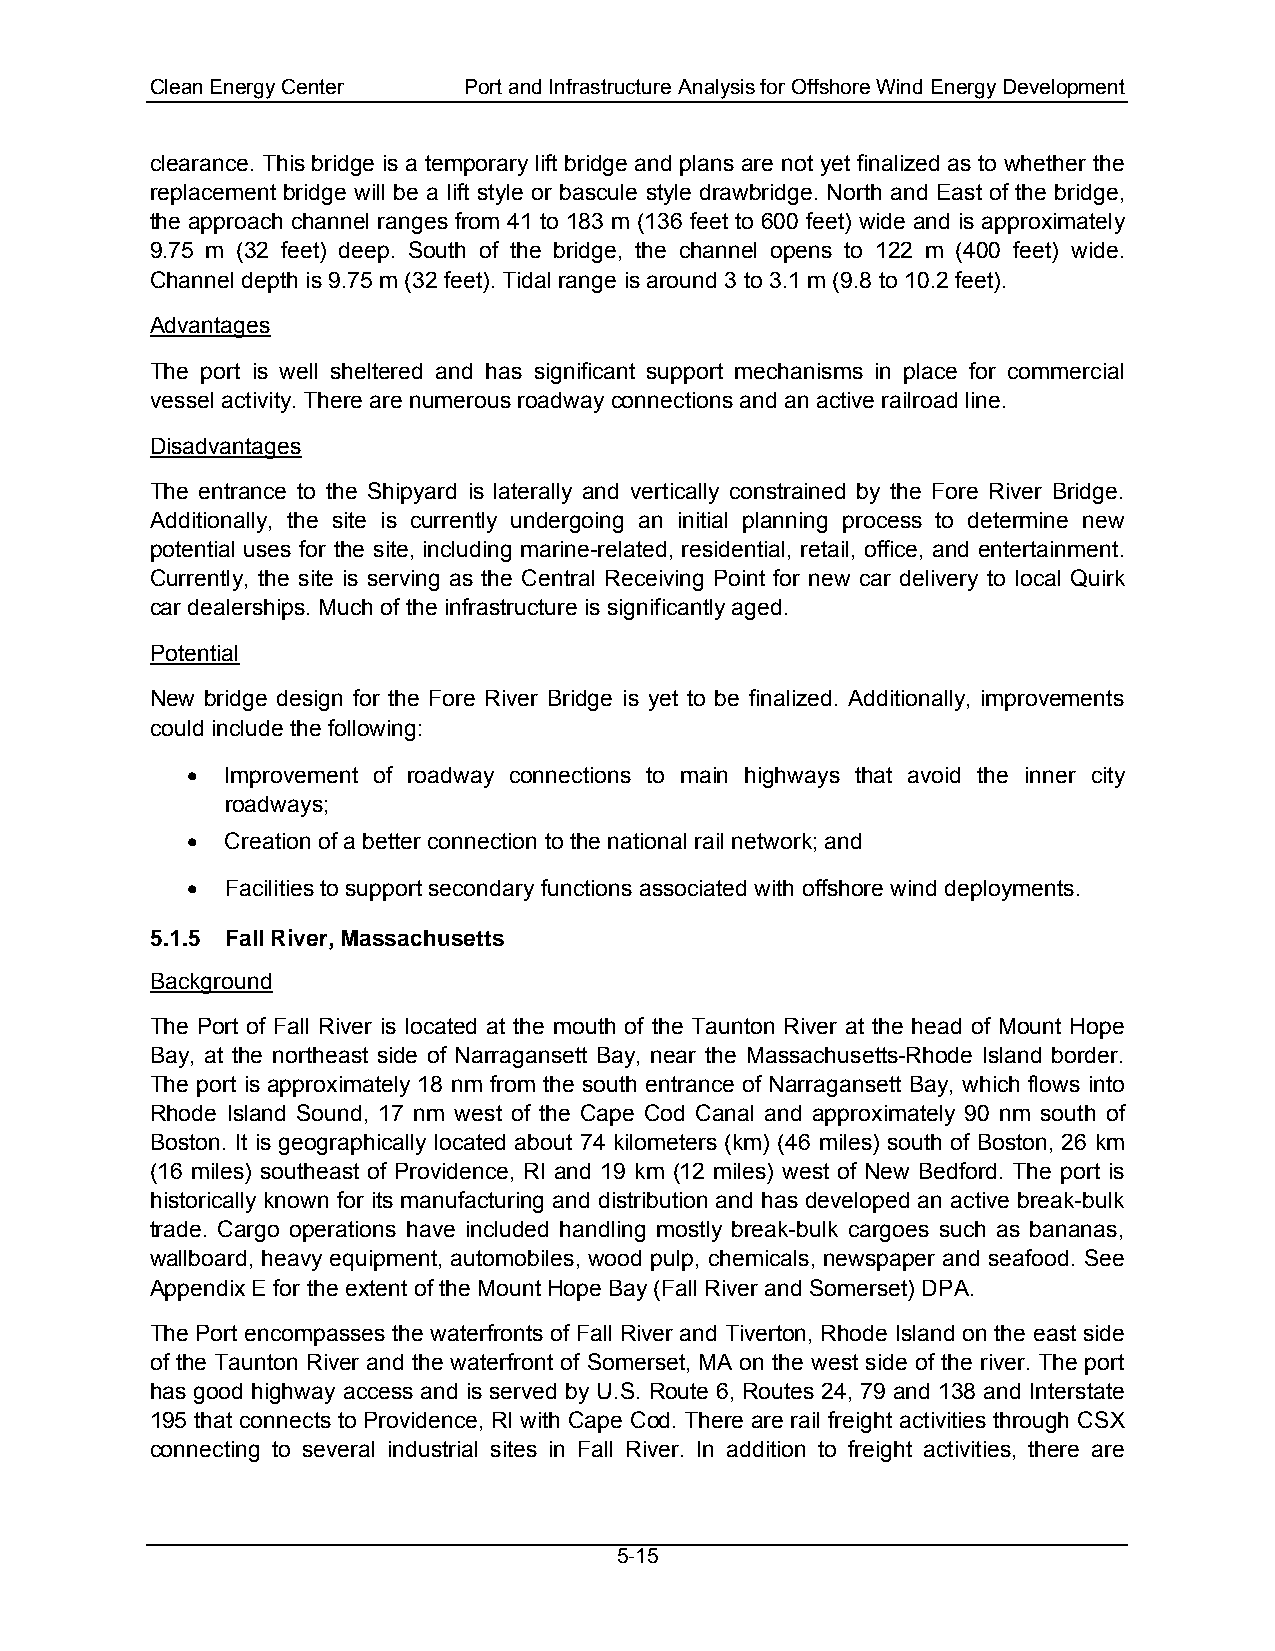
Clean Energy Center  Port and Infrastructure Analysis for Offshore Wind Energy Development
 clearance. This bridge is a temporary lift bridge and plans are not yet finalized as to whether the
 replacement bridge will be a lift style or bascule style drawbridge. North and East of the bridge,
 the approach channel ranges from 41 to 183 m (136 feet to 600 feet) wide and is approximately
 9.75 m (32 feet) deep. South of the bridge, the channel opens to 122 m (400 feet) wide.
 Channel depth is 9.75 m (32 feet). Tidal range is around 3 to 3.1 m (9.8 to 10.2 feet).
 Advantages
 The port is well sheltered and has significant support mechanisms in place for commercial
 vessel activity. There are numerous roadway connections and an active railroad line.
 Disadvantages
 The entrance to the Shipyard is laterally and vertically constrained by the Fore River Bridge.
 Additionally, the site is currently undergoing an initial planning process to determine new
 potential uses for the site, including marine-related, residential, retail, office, and entertainment.
 Currently, the site is serving as the Central Receiving Point for new car delivery to local Quirk
 car dealerships. Much of the infrastructure is significantly aged.
 Potential
 New bridge design for the Fore River Bridge is yet to be finalized. Additionally, improvements
 could include the following:
 •  Improvement of roadway connections to main highways that avoid the inner city
 roadways;
 •  Creation of a better connection to the national rail network; and
 •  Facilities to support secondary functions associated with offshore wind deployments.
 5.1.5 Fall River, Massachusetts
 Background
 The Port of Fall River is located at the mouth of the Taunton River at the head of Mount Hope
 Bay, at the northeast side of Narragansett Bay, near the Massachusetts-Rhode Island border.
 The port is approximately 18 nm from the south entrance of Narragansett Bay, which flows into
 Rhode Island Sound, 17 nm west of the Cape Cod Canal and approximately 90 nm south of
 Boston. It is geographically located about 74 kilometers (km) (46 miles) south of Boston, 26 km
 (16 miles) southeast of Providence, RI and 19 km (12 miles) west of New Bedford. The port is
 historically known for its manufacturing and distribution and has developed an active break-bulk
 trade. Cargo operations have included handling mostly break-bulk cargoes such as bananas,
 wallboard, heavy equipment, automobiles, wood pulp, chemicals, newspaper and seafood. See
 Appendix E for the extent of the Mount Hope Bay (Fall River and Somerset) DPA.
 The Port encompasses the waterfronts of Fall River and Tiverton, Rhode Island on the east side
 of the Taunton River and the waterfront of Somerset, MA on the west side of the river. The port
 has good highway access and is served by U.S. Route 6, Routes 24, 79 and 138 and Interstate
 195 that connects to Providence, RI with Cape Cod. There are rail freight activities through CSX
 connecting to several industrial sites in Fall River. In addition to freight activities, there are
 5-15